Vabadussoja_Ajaloo_Komitee, lk 22
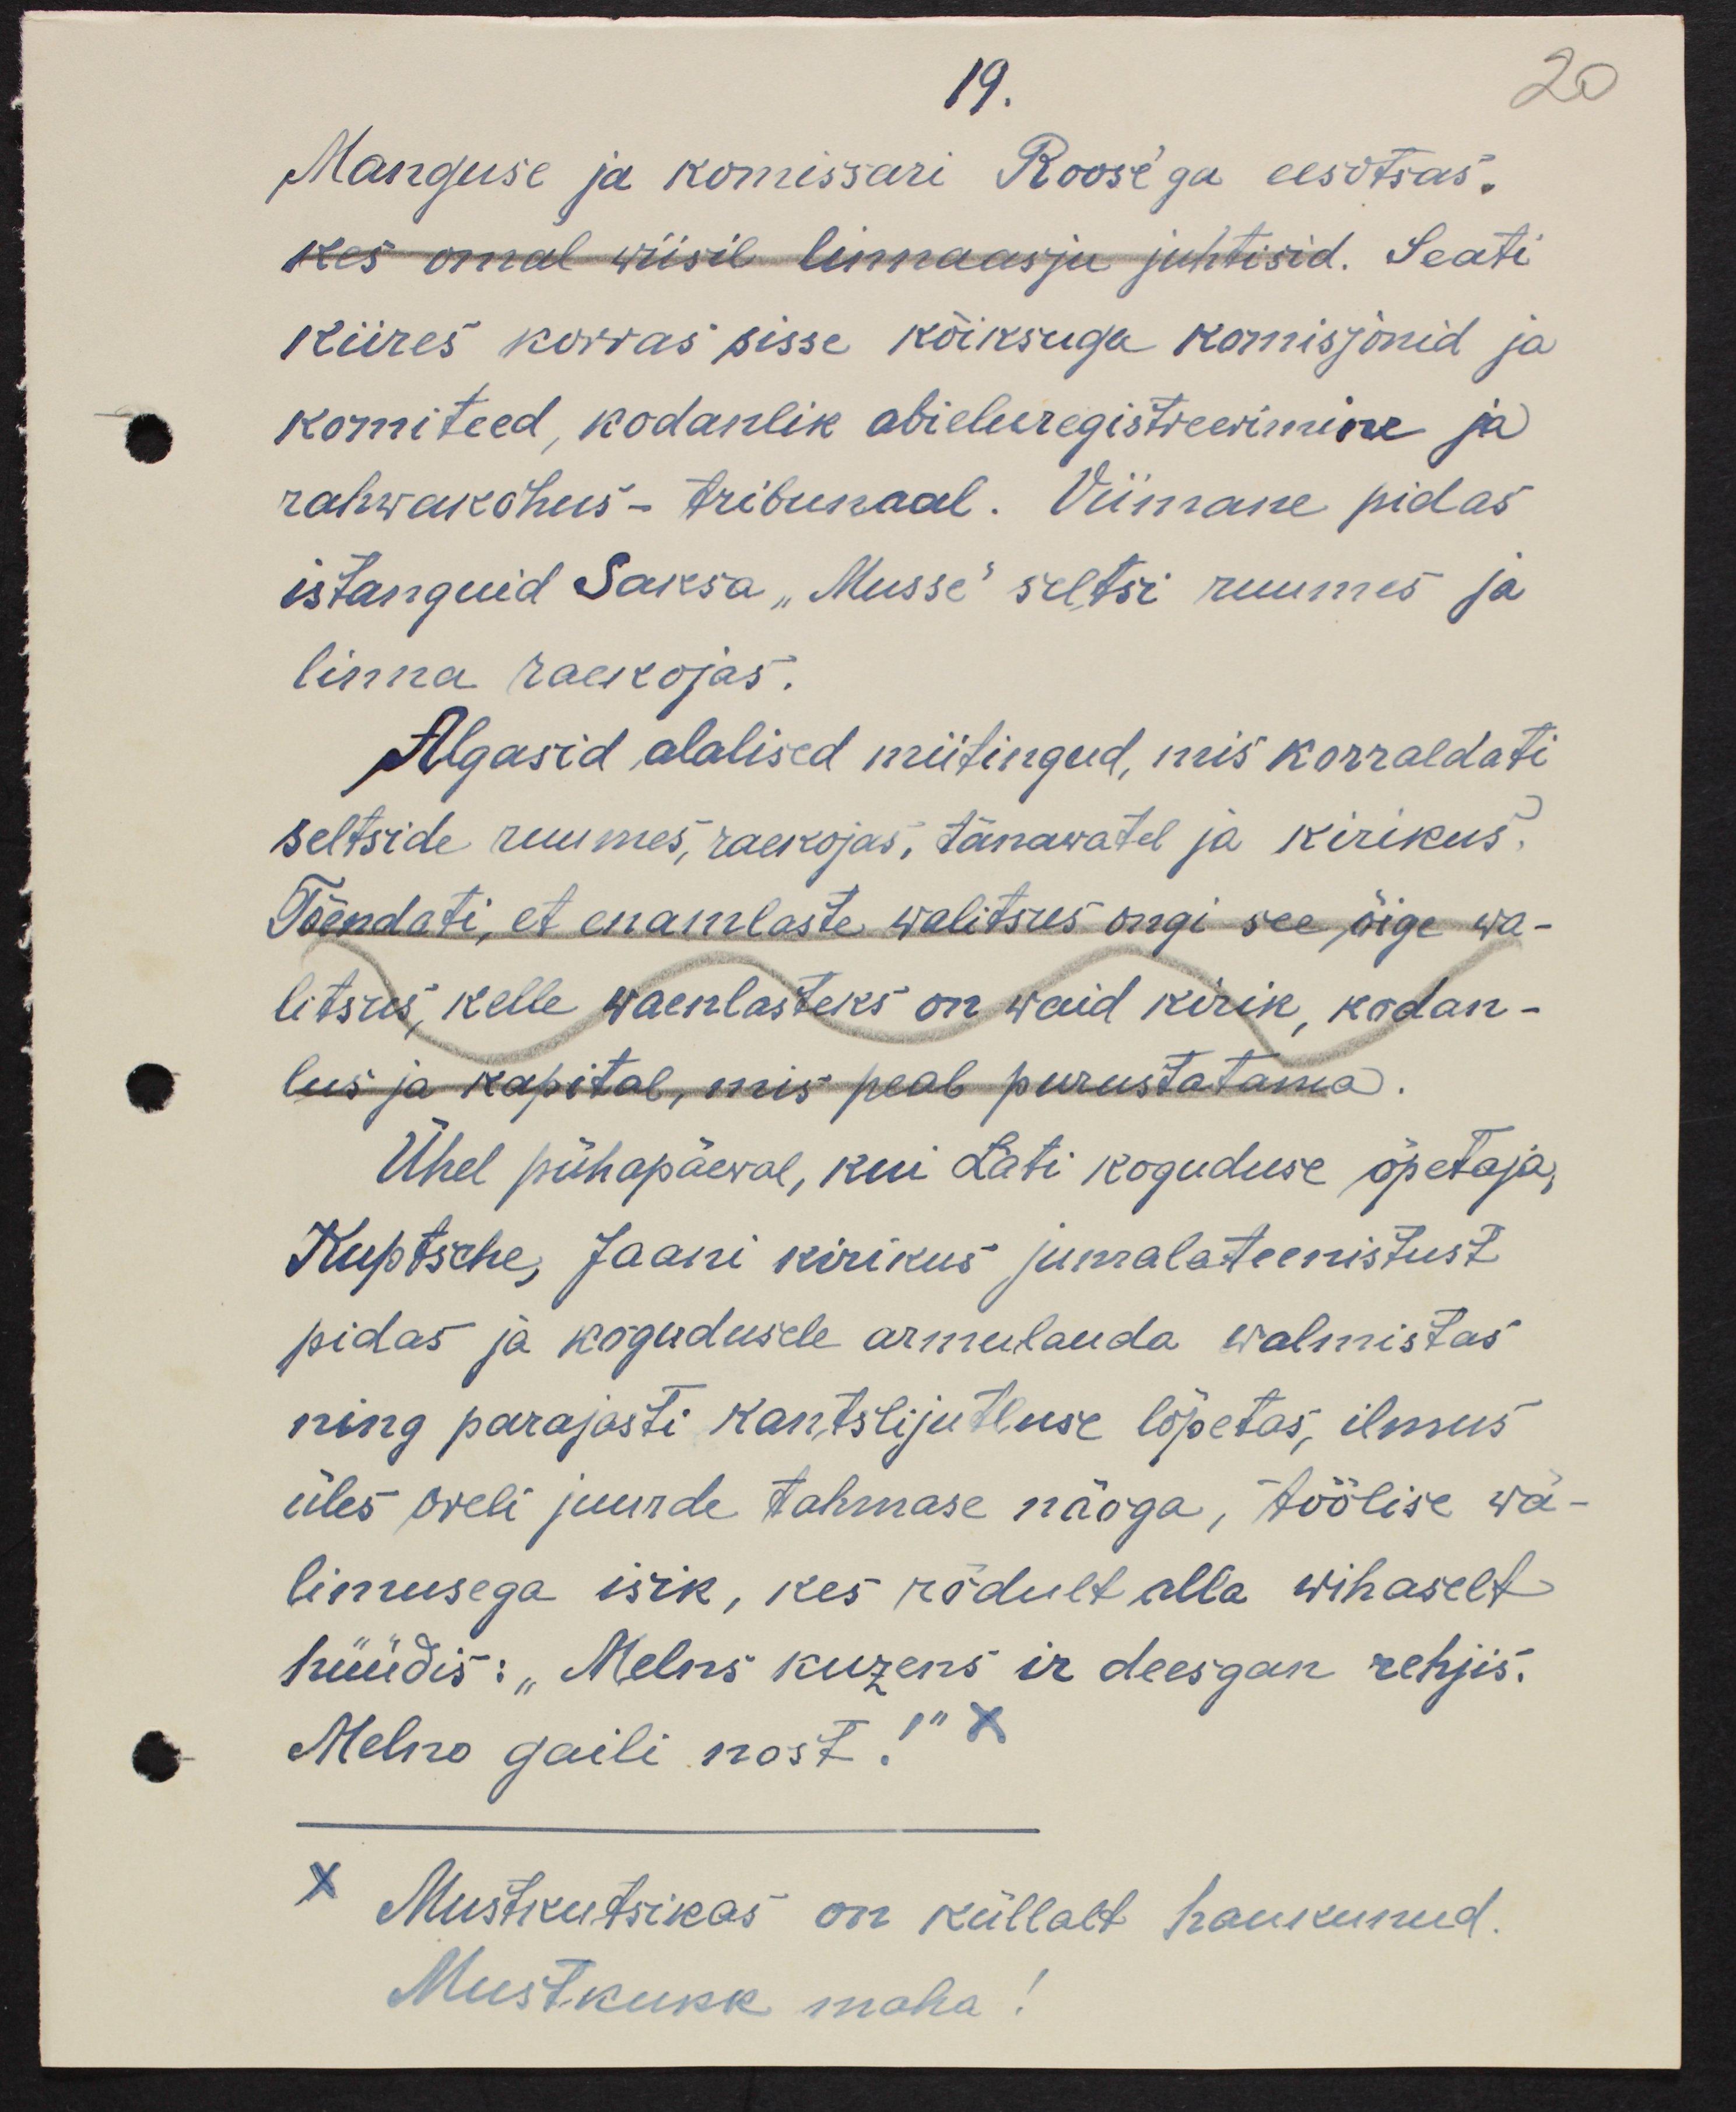
19.
Manguse ja komissari Roose'ga eesotsas.
kes omal wiisil linnaasju juhtisid. Seati 
kiires korras sisse kõiksugu komisjonid ja 
komiteed, kodanlik abieluregistreerimine ja
rahwakohus - tribunaal. Viimane pidas
istanguid Saksa "Musse" seltsi ruumis ja
linna raekojas.
Algasid alalised miitingud, mis korraldati
seltside ruumis raekojas, tänawatel ja kirikus.
Tõendati, et enamlaste walitsus ongi see õige wa-
litsus, kelle waenlasteks on waid kirik, kodan-
lus ja kapital, mis peab purustatama.
Ühel pühapäewal, kui Läti koguduse õpetaja, 
Kuptsche, Jaani kirikus jumalateenistust
pidas ja kogudusele armulauda walmistas
ning parajasti kantslijutluse lõpetas, ilmus
üles oreli juurde tahmase näoga, töölise wä-
limusega isik, kes rõdult alla wihaselt
hüüdis: "Melns kuzens ir deesgan rehjis.
Melno gaili nost!"
Mustkukk maha!
Mustkutsikas on küllalt haukunud.